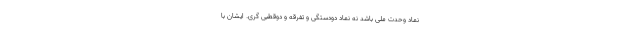
نماد وحدت ملی باشد نه نماد دودستگی و تفرقه و دوقطبی گری. ایشان با